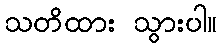
သတိထား သွားပါ။